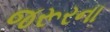
જરૂરના